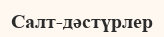
Салт-дәстүрлер